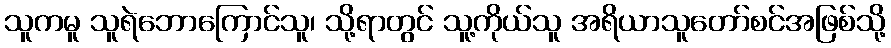
သူကမူ သူရဲဘောကြောင်သူ၊ သို့ရာတွင် သူ့ကိုယ်သူ အရိယာသူတော်စင်အဖြစ်သို့